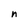
Character: n